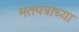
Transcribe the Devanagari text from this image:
मतपत्राच्या